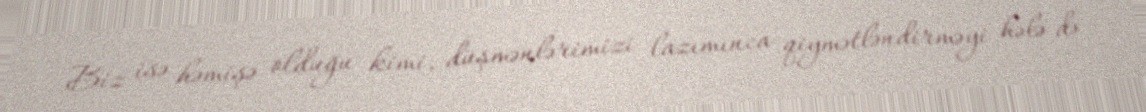
Biz isə həmişə olduğu kimi, düşmənlərimizi lazımınca qiymətləndirməyi hələ də